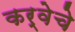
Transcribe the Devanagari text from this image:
कर्वेचे